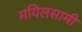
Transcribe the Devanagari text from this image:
मयिलसामी